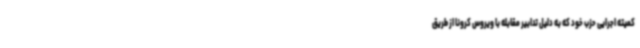
کمیته اجرایی حزب خود که به دلیل تدابیر مقابله با ویروس کرونا از طریق